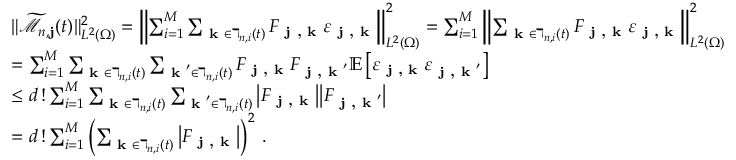
\begin{array} { r l } & { \| \widetilde { \mathcal { M } } _ { n , \mathbf { j } } ( t ) \| _ { L ^ { 2 } ( \Omega ) } ^ { 2 } = \left\| \sum _ { i = 1 } ^ { M } \sum _ { \textbf { k } \in \daleth _ { n , i } ( t ) } F _ { \textbf { j , k } } \varepsilon _ { \textbf { j , k } } \right\| _ { L ^ { 2 } ( \Omega ) } ^ { 2 } = \sum _ { i = 1 } ^ { M } \left\| \sum _ { \textbf { k } \in \daleth _ { n , i } ( t ) } F _ { \textbf { j , k } } \varepsilon _ { \textbf { j , k } } \right\| _ { L ^ { 2 } ( \Omega ) } ^ { 2 } } \\ & { = \sum _ { i = 1 } ^ { M } \sum _ { \textbf { k } \in \daleth _ { n , i } ( t ) } \sum _ { \textbf { k } ^ { \prime } \in \daleth _ { n , i } ( t ) } F _ { \textbf { j , k } } F _ { \textbf { j , k } ^ { \prime } } \mathbb { E } \left[ \varepsilon _ { \textbf { j , k } } \varepsilon _ { \textbf { j , k } ^ { \prime } } \right] } \\ & { \le d \, ! \sum _ { i = 1 } ^ { M } \sum _ { \textbf { k } \in \daleth _ { n , i } ( t ) } \sum _ { \textbf { k } ^ { \prime } \in \daleth _ { n , i } ( t ) } \big | F _ { \textbf { j , k } } \big | \big | F _ { \textbf { j , k } ^ { \prime } } \big | } \\ & { = d \, ! \sum _ { i = 1 } ^ { M } \left( \sum _ { \textbf { k } \in \daleth _ { n , i } ( t ) } \big | F _ { \textbf { j , k } } \big | \right) ^ { 2 } \, . } \end{array}